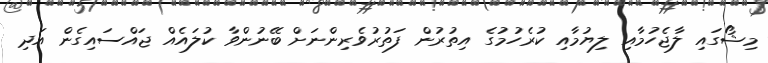
މިޝޯގައި ލާޖެހުމާއި ލިޔުމާއި ކުރެހުމުގެ އިތުރުން ފަތުރުވެރިންނަށް ބޭނުންވާ ކުލައެއް ޖައްސައިގެން އަދި